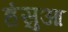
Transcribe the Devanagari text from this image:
हंसुआ